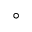
^ { \circ }